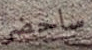
ساحضر